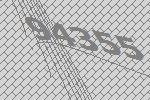
94355